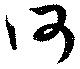
何